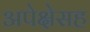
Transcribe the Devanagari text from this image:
अपेक्षेसह